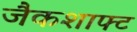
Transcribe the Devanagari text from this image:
जैकशाफ्ट